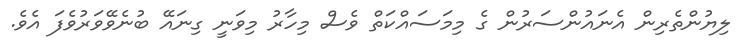
ލިޔުންތެރިން އެނައުންސަރުން ގެ މިމަސައްކަތް ވެސް މިހާރު މިވަނީ ގިނައޭ ބުނެވޭވަރުވެފަ އެވެ.